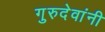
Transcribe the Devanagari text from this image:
गुरुदेवांनी